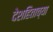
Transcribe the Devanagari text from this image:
देशहिताच्या